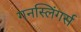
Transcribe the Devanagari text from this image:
गनस्लिंगर्स